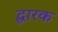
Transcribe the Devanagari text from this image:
द्धारक